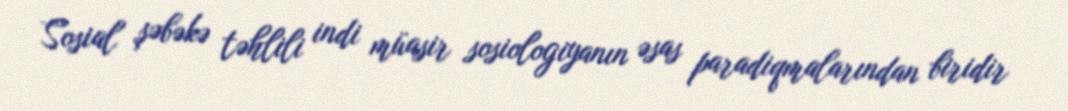
Sosial şəbəkə təhlili indi müasir sosiologiyanın əsas paradiqmalarından biridir